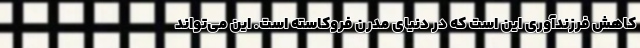
کاهش فرزند‌آوری این است که در دنیای مدرن فروکاسته است. این می‌تواند